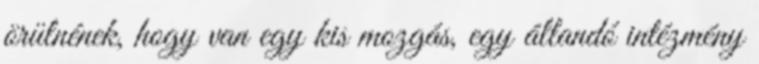
örülnének, hogy van egy kis mozgás, egy állandó intézmény